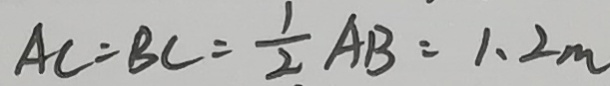
A C = B C = \frac { 1 } { 2 } A B = 1 . 2 m